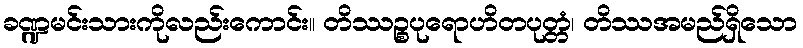
ခဏ္ဍမင်းသားကိုလည်းကောင်း။ တိဿဉ္စပုရောဟိတပုတ္တံ၊ တိဿအမည်ရှိသော